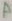
Text: A